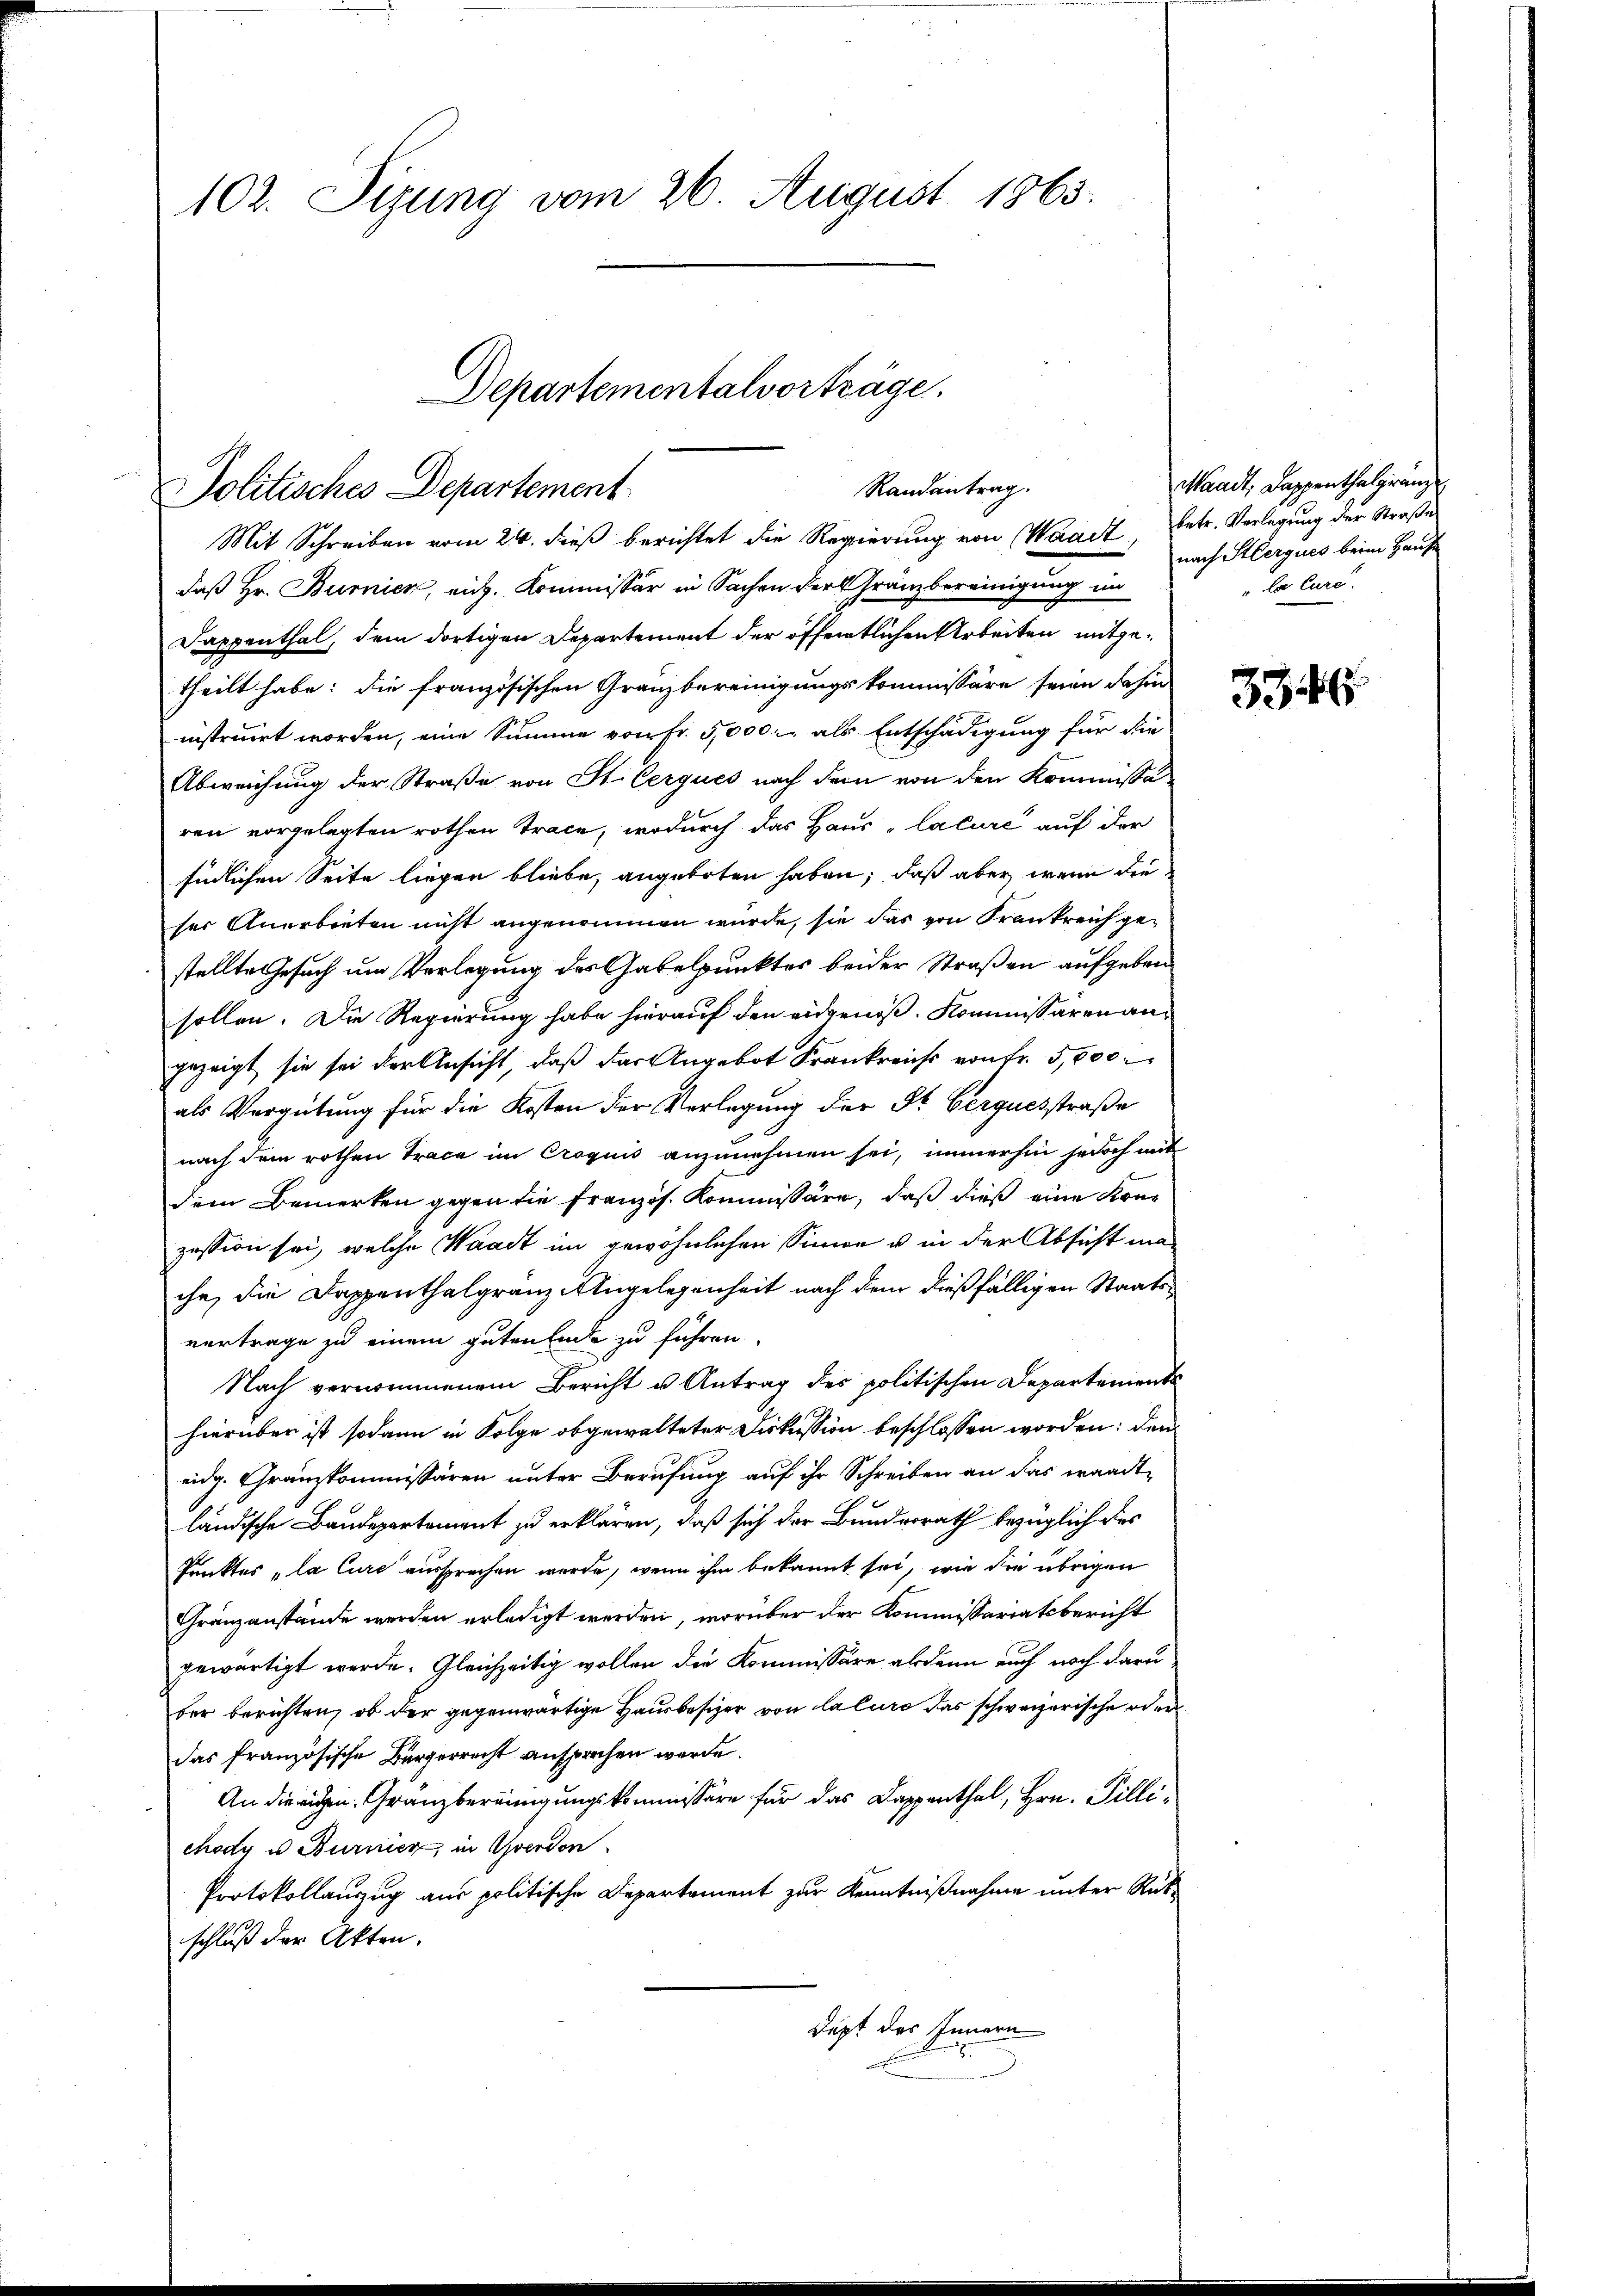
102. Sizung vom 26. August 1863.

daß Hr. Burnier, mich. Kommissär in Sachen der Gränzbereinigung im
Dappenthal, dem dortigen Departement der öffentlichen Arbeiten mitgetheilt habe: die französischen Granzbereinigungskommissäre seien dahin
instruirt worden, eine Summe von Fr. 5,000 als Entschädigung für die
Abweichung der Straße von St. Cerques nach dem von den Kommissaren vorgelegten rothen Trace, wodurch das Haus "lature auf der
südlichen Seite liegen bliebe, angeboten haben, daß aber wenn die
ser Anerbieten nicht angenommen wurde, sie das von Frankreich gestellte Gesuch um Vorlegung des Gabelpunktes beider Straßen aufgebensollen. Die Regierung habe hierauf den eidgenoß. Kommissären angezeigt, sie sei der Ansicht, daß der Angebot Frankreich von Fr. 5,000
als Vergütung für die Kosten der Verlegung der St. Gerquesstraße
nach dem rothen Trace im Croquis anzunehmen sei, immerhin jedoch mit
dem Bemerken gegen die französ. Kommissäre, daß dieß eine Krezession sei, welche Waadt im gewöhnlichen Sinnen u in der Absicht mache, die Dappenthalgranz-Angelegenheit nach dem dießfälligen Staatsvertrage zu einem guten Ende zu führen.
Nach vernommenem Bericht u Antrag des politischen Departements
hierüber ist sodann in Folge obgewalteter Diskussion beschlossen worden: den
eidg. Gränzkommissären unter Berufung auf ihr Schreiben an das wandtländische Baudepartement zu erklären, daß sich der Bunderrath bezüglich des
Punktes „la Cure aussprechen werde, wenn ihm bekannt sei, wie die übrigen
Gränzanstände werden erledigt werden, worüber der Kommissariatsbericht
gewärtigt werde. Gleichzeitig wollen die Kommissäre alsdann auch noch daru
ber berichten, ob der gegenwärtige Hausbesizer von lature das schweizerische oder
das französische Bürgerrecht ansprochen werde.
An die eigen Gränzbereinigungskommissäre für das Dappenthal, Hrn. Pillichody u. Burnier, in verdon
Protokollauszug aus politische Departement zur Kenntnißnahme unter Rükschluß der Akten.
dept des Innern

Randantrag.
Politisches Departement
Mit Schreiben vom 24. dieß berichtet die Regierung von Waadt, betr. Verlegung der Straße

Departementalvorträge.

Waadt, Lappenthalgränz
nach Sterques beim Hause
"la Cure.

334